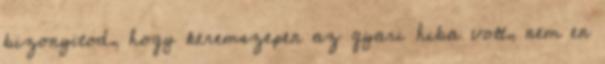
bizonyitod, hogy keremszepen az gyari hiba volt, nem en